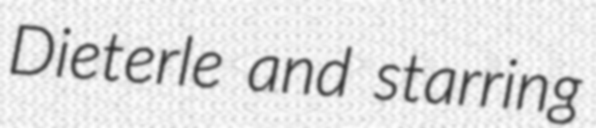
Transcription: Dieterle and starring